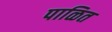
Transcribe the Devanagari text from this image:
पाळित